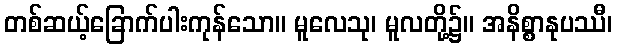
တစ်ဆယ့်ခြောက်ပါးကုန်သော။ မူလေသု၊ မူလတို့၌။ အနိစ္စာနုပဿီ၊